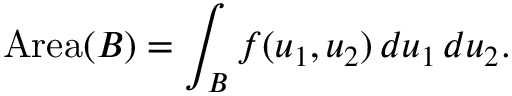
\operatorname { A r e a } ( B ) = \int _ { B } f ( u _ { 1 } , u _ { 2 } ) \, d u _ { 1 } \, d u _ { 2 } .